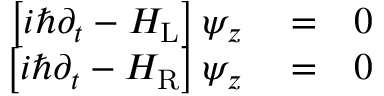
\begin{array} { r l r } { \left[ i \hbar \partial _ { t } - H _ { \mathrm { L } } \right] \psi _ { z } } & { { } = } & { 0 } \\ { \left[ i \hbar \partial _ { t } - H _ { \mathrm { R } } \right] \psi _ { z } } & { { } = } & { 0 } \end{array}